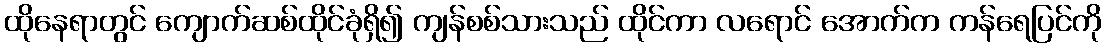
ထိုနေရာတွင် ကျောက်ဆစ်ထိုင်ခုံရှိ၍ ကျန်စစ်သားသည် ထိုင်ကာ လရောင် အောက်က ကန်ရေပြင်ကို